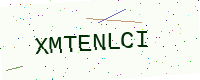
Text: XMTENLCI